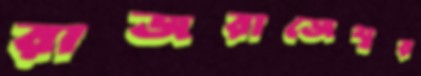
রাজরাজেশ্বর